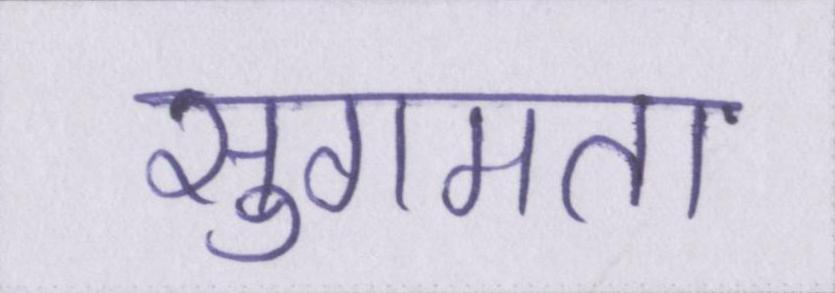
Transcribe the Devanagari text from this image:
सुगमता